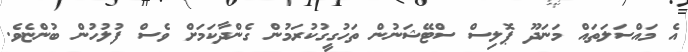
އެ މައްސަލަތައް މަނަދޫ ޕޮލިސް ސްޓޭޝަނުން ތަހުގީގުކުރަމުން ގެންދާކަމަށް ވެސް ފުލުހުން ބުންޏެވެ.